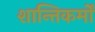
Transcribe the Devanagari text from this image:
शान्तिकर्मों